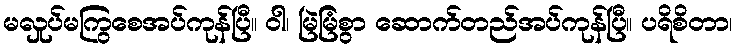
မလှုပ်မကြွစေအပ်ကုန်ပြီ။ ဝါ၊ မြဲမြံစွာ ဆောက်တည်အပ်ကုန်ပြီ။ ပရိစိတာ၊